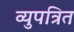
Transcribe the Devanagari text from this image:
व्युपत्रित